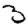
Digit: 3